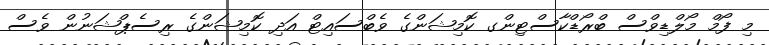
މި ފޯމް މޯލްޑިވްސް ބްރޯޑްކާސްޓިންގ ކޮމިޝަންގެ ވެބްސައިޓް އަދި ކޮމިޝަންގެ ރިސެޕްޝަނުން ވެސް